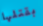
بقتلها